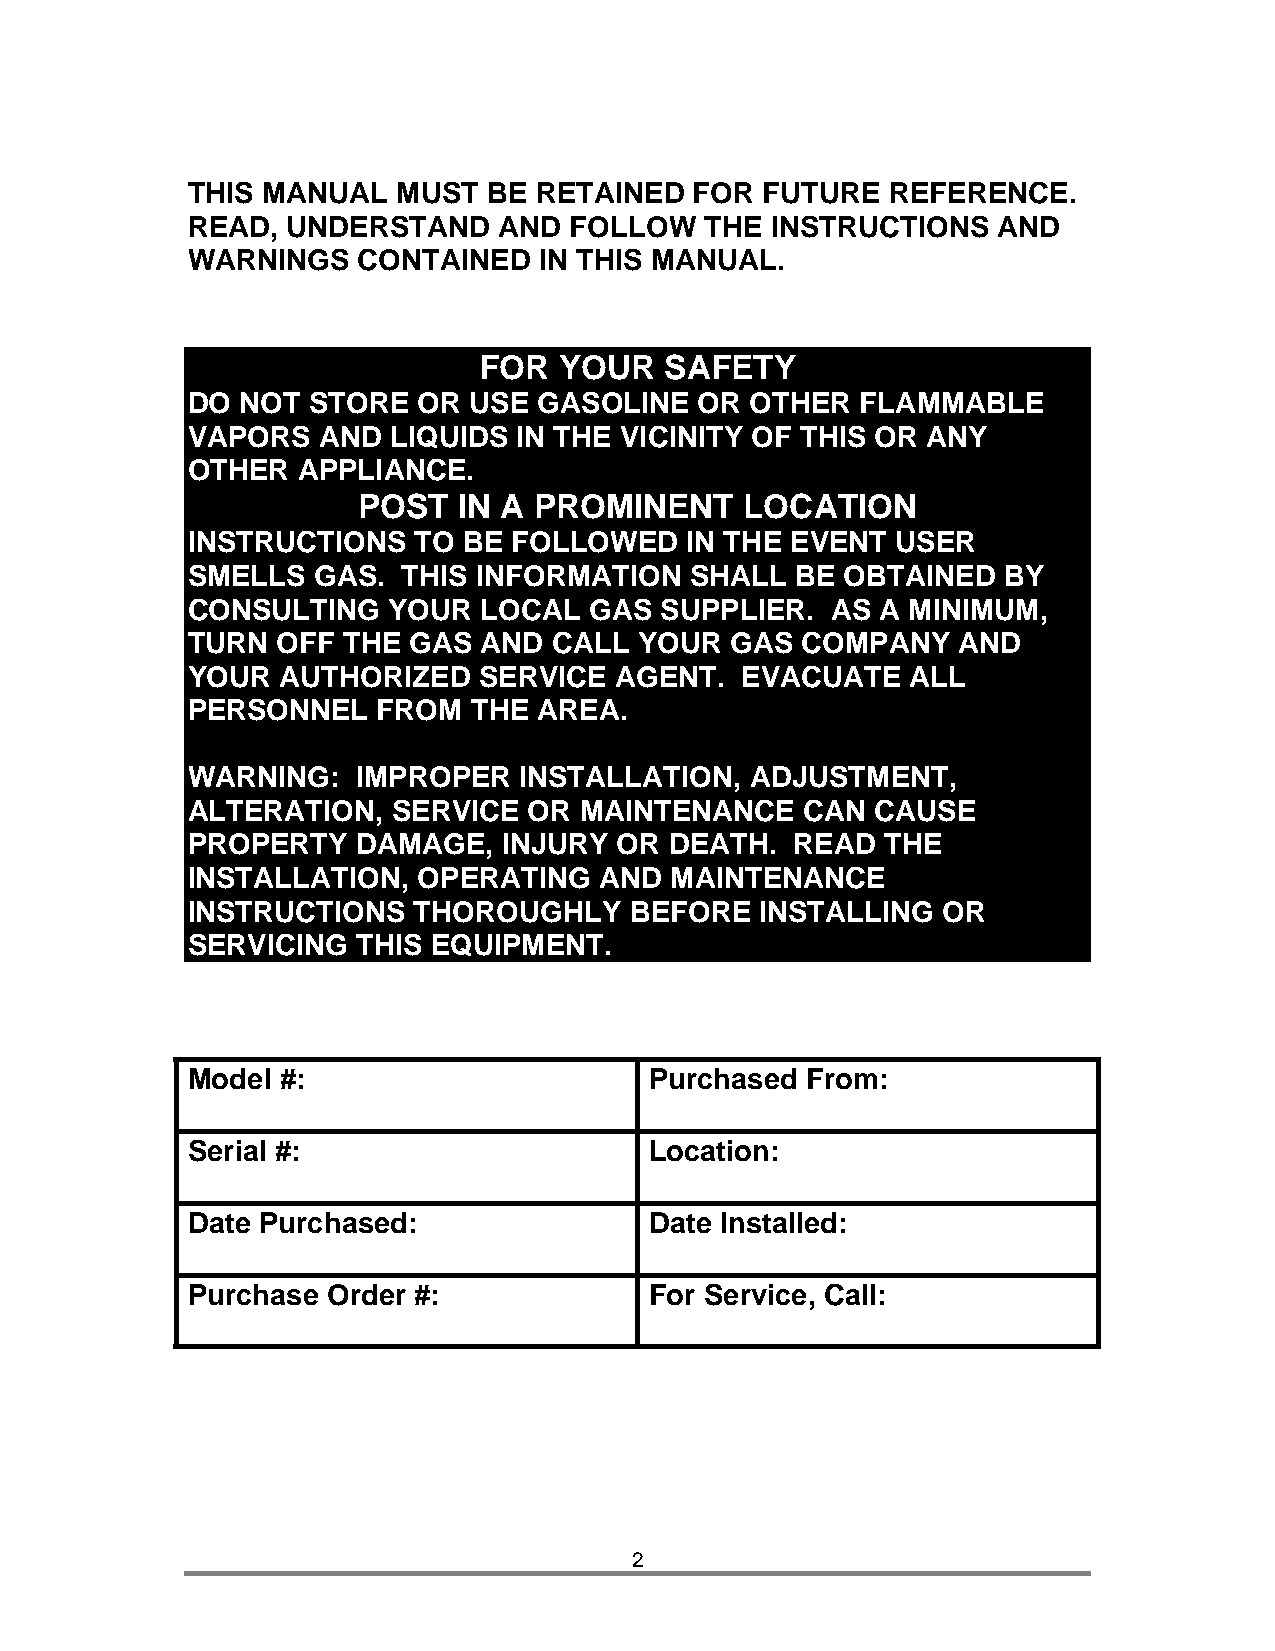
THIS MANUAL   MUST  BE RETAINED   FOR FUTURE   REFERENCE.
 READ,  UNDERSTAND    AND  FOLLOW   THE INSTRUCTIONS   AND
 WARNINGS    CONTAINED   IN THIS MANUAL.
 FOR  YOUR   SAFETY
 DO  NOT STORE   OR USE  GASOLINE  OR  OTHER  FLAMMABLE
 VAPORS   AND  LIQUIDS IN THE VICINITY OF THIS OR ANY
 OTHER   APPLIANCE.
 POST  IN A PROMINENT     LOCATION
 INSTRUCTIONS   TO  BE FOLLOWED   IN THE EVENT  USER
 SMELLS   GAS.  THIS INFORMATION   SHALL  BE OBTAINED  BY
 CONSULTING    YOUR  LOCAL  GAS  SUPPLIER.  AS A MINIMUM,
 TURN  OFF  THE GAS  AND  CALL YOUR  GAS  COMPANY   AND
 YOUR   AUTHORIZED   SERVICE  AGENT.  EVACUATE   ALL
 PERSONNEL    FROM  THE  AREA.
 WARNING:    IMPROPER  INSTALLATION,   ADJUSTMENT,
 ALTERATION,   SERVICE  OR MAINTENANCE    CAN  CAUSE
 PROPERTY    DAMAGE,  INJURY  OR DEATH.   READ  THE
 INSTALLATION,   OPERATING   AND MAINTENANCE
 INSTRUCTIONS   THOROUGHLY     BEFORE  INSTALLING  OR
 SERVICING   THIS EQUIPMENT.
 Model  #:                      Purchased From:
 Serial #:                      Location:
 Date Purchased:                Date Installed:
 Purchase  Order #:             For Service, Call:
 2